Civil Veterinary Department. Central Provinces & Berar 1925-31 - 1925-1931
Year: 1925
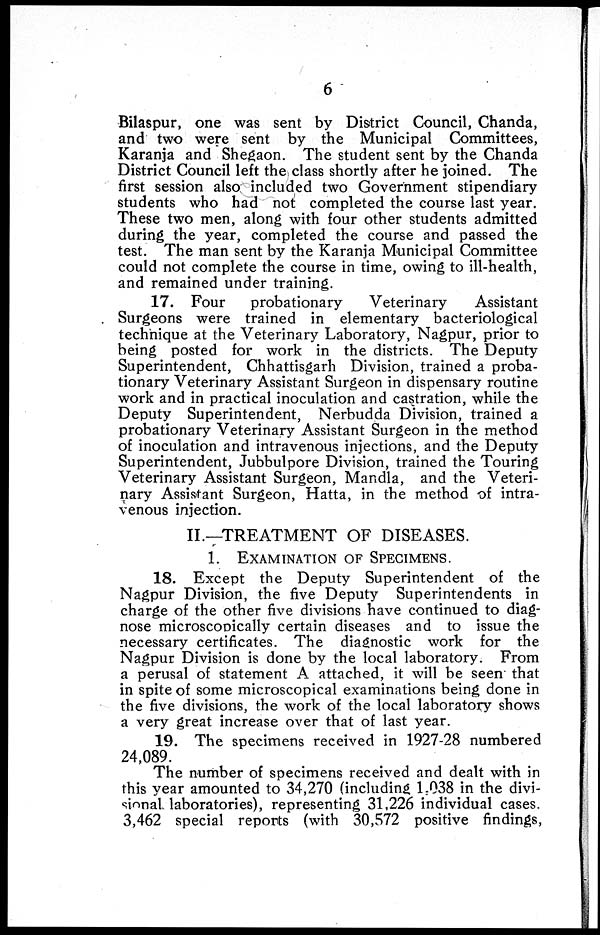
6
Bilaspur, one was sent by District Council, Chanda,
and two were sent by the Municipal Committees,
Karanja and Shegaon. The student sent by the Chanda
District Council left the class shortly after he joined. The
first session also included two Government stipendiary
students who had not completed the course last year.
These two men, along with four other students admitted
during the year, completed the course and passed the
test. The man sent by the Karanja Municipal Committee
could not complete the course in time, owing to ill-health,
and remained under training.
17. Four
probationary
Veterinary
Assistant
Surgeons were trained in elementary bacteriological
technique at the Veterinary Laboratory, Nagpur, prior to
being posted for work in the districts. The Deputy
Superintendent, Chhattisgarh Division, trained a proba-
tionary Veterinary Assistant Surgeon in dispensary routine
work and in practical inoculation and castration, while the
Deputy Superintendent, Nerbudda Division, trained a
probationary Veterinary Assistant Surgeon in the method
of inoculation and intravenous injections, and the Deputy
Superintendent, Jubbulpore Division, trained the Touring
Veterinary Assistant Surgeon, Mandla, and the Veteri-
nary Assistant Surgeon, Hatta, in the method of intra-
venous injection.
II.—TREATMENT OF DISEASES.
1. EXAMINATION OF SPECIMENS.
18. Except the Deputy Superintendent of the
Nagpur Division, the five Deputy Superintendents in
charge of the other five divisions have continued to diag-
nose microscopically certain diseases and to issue the
necessary certificates. The diagnostic work for the
Nagpur Division is done by the local laboratory. From
a perusal of statement A attached, it will be seen that
in spite of some microscopical examinations being done in
the five divisions, the work of the local laboratory shows
a very great increase over that of last year.
19. The specimens received in 1927-28 numbered
24,089.
The number of specimens received and dealt with in
this year amounted to 34,270 (including 1,038 in the divi-
sional laboratories), representing 31,226 individual cases.
3,462 special reports (with 30,572 positive findings,